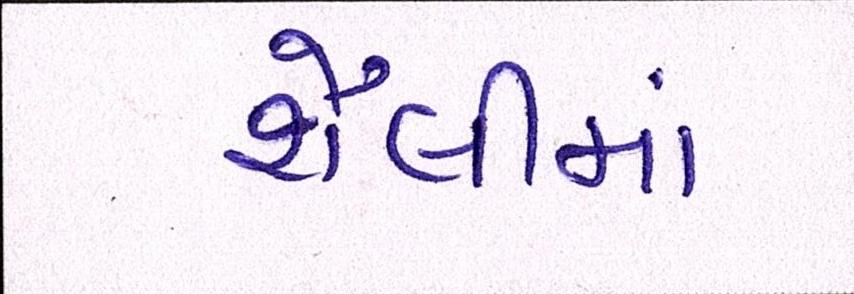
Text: શૈલીમાં